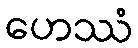
ဟေဿံ